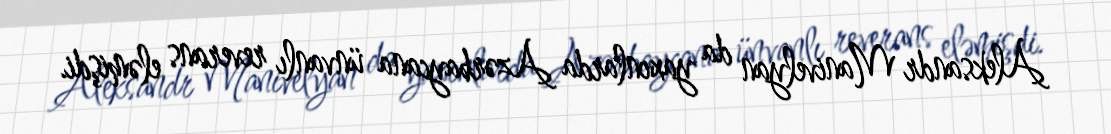
Aleksandr Manivelyan da yaxınlarda Azərbaycana ünvanlı reverans eləmişdi.